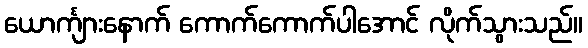
ယောင်္ကျားနောက် ကောက်ကောက်ပါအောင် လိုက်သွားသည်။